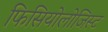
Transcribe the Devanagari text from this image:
फिसियोलोजिस्ट